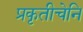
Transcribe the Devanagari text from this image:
प्रकृतीचेनि